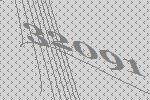
32091